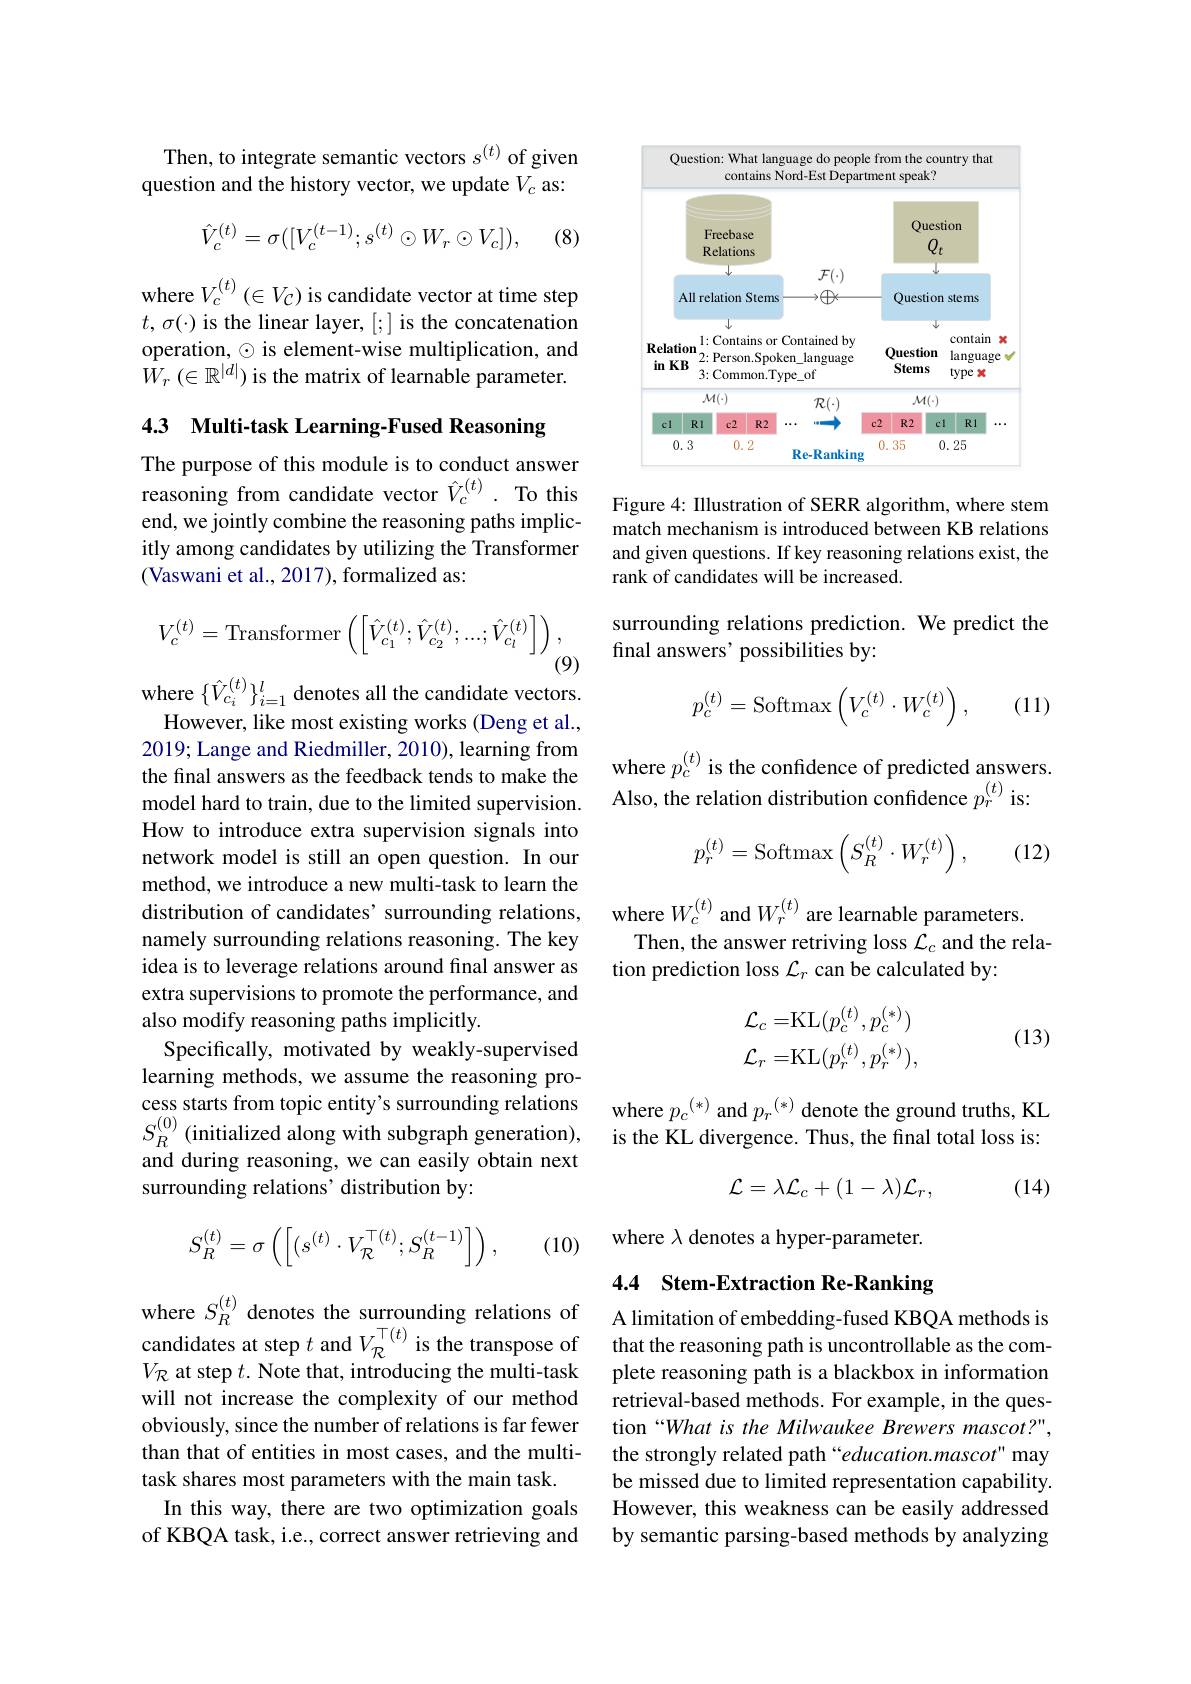
Then, to integrate semantic vectors $s^{(t)}$ of given question and the history vector, we update $V_c$ as:
$$\hat{V}_{c}^{(t)}=\sigma([V_{c}^{(t-1)};s^{(t)}\odot W_{r}\odot V_{c}]),$$
(8)

where $V_c^{(t)}$ ($\in V_\mathcal{C})$ is candidate vector at time step $t,\sigma(\cdot)$ is the linear layer, [;] is the concatenation operation, $\odot$ is element-wise multiplication, and $\bar{W}_{r}\left(\in\mathbb{R}^{|d|}\right)$is the matrix of learnable parameter.

4.3 Multi-task Learning-Fused Reasoning

The purpose of this module is to conduct answer reasoning from candidate vector $\hat{V}_c^{(t)}.$ To this end, we jointly combine the reasoning paths implicitly among candidates by utilizing the Transformer (Vaswani et al., 2017), formalized as:
$$V_{c}^{(t)}=\mathrm{Transformer}\left(\left[\hat{V}_{c_{1}}^{(t)};\hat{V}_{c_{2}}^{(t)};...;\hat{V}_{c_{l}}^{(t)}\right]\right),$$
(9)

where $\{\hat{V}_{c_{i}}^{(t)}\}_{i=1}^{l}$ denotes all the candidate vectors.

However, like most existing works (Deng et al., 2019; Lange and Riedmiller, 2010), learning from the final answers as the feedback tends to make the model hard to train, due to the limited supervision. How to introduce extra supervision signals into network model is still an open question. In our method, we introduce a new multi-task to learn the distribution of candidates' surrounding relations, namely surrounding relations reasoning. The key idea is to leverage relations around final answer as extra supervisions to promote the performance, and also modify reasoning paths implicitly.
Specifically, motivated by weakly-supervised learning methods, we assume the reasoning process starts from topic entity's surrounding relations $S_{R}^{(0)}$(initialized along with subgraph generation), is the KL divergence. Thus, the final total loss is:
surrounding relations' distribution by:
$$S_R^{(t)}=\sigma\left(\left[(s^{(t)}\cdot V_{\mathcal{R}}^{\top(t)};S_R^{(t-1)}\right]\right),$$
(10)

candidates at step $t$ and $V_{\mathcal{R}}^{\top(t)}$ is the transpose of $V_{\mathcal{R}}$ at step $t.$ Note that, introducing the multi-task will not increase the complexity of our method obviously, since the number of relations is far fewer than that of entities in most cases, and the multitask shares most parameters with the main task.
In this way, there are two optimization goals of KBQA task, i.e., correct answer retrieving and

Question: What language do people from the country that
<FigureHere>

Figure 4: Illustration of SERR algorithm, where stem match mechanism is introduced between KB relations and given questions. If key reasoning relations exist, the rank of candidates will be increased.

surrounding relations prediction. We predict the
final answers' possibilities by:
$$p_c^{(t)}=\mathrm{Softmax}\left(V_c^{(t)}\cdot W_c^{(t)}\right),$$
(11)

where $p_c^{(t)}$ is the confidence of predicted answers.
Also, the relation distribution confidence $p_{r}^{(t)}$ is:

(12)
$$p_{r}^{(t)}=\mathrm{Softmax}\left(S_{R}^{(t)}\cdot W_{r}^{(t)}\right),$$
where $W_c^{(t)}$ and $W_r^{(t)}$ are learnable parameters.
Then, the answer retriving loss $\mathcal{L}_c$ and the rela-
tion prediction loss $\mathcal{L}_r$ can be calculated by:
$$\begin{aligned}\mathcal{L}_c=&\mathrm{KL}(p_c^{(t)},p_c^{(*)})\\\mathcal{L}_r=&\mathrm{KL}(p_r^{(t)},p_r^{(*)}),\end{aligned}$$
(13)

where $p_c^{(*)}$ and $p_r^{(*)}$ denote the ground truths, KL
$$\mathcal{L}=\lambda\mathcal{L}_{c}+(1-\lambda)\mathcal{L}_{r},$$
(14)

where $\lambda$ denotes a hyper-parameter.

## 4.4 Stem-Extraction Re-Ranking where $S_R^{(t)}$ denotes the surrounding relations of A limitation of embedding-fused KBQA methods is

that the reasoning path is uncontrollable as the complete reasoning path is a blackbox in information retrieval-based methods. For example, in the question “What is the Milwaukee Brewers mascot?", the strongly related path “education.mascot" may be missed due to limited representation capability. However, this weakness can be easily addressed by semantic parsing-based methods by analyzing